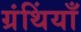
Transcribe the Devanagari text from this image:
ग्रंथिंयाँ